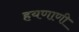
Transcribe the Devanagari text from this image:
हयणाणी